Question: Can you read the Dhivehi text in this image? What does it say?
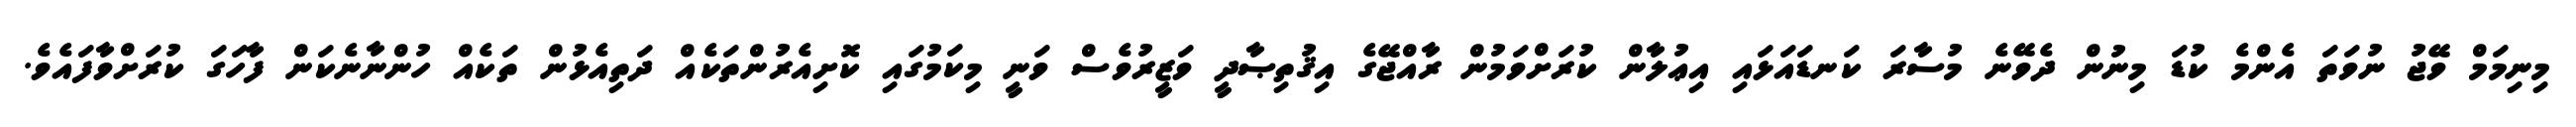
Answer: މިނިމަމް ވޭޖު ނުވަތަ އެންމެ ކުޑަ މިނުން ދެވޭނެ މުސާރަ ކަނޑައަޅައި އިޢުލާން ކުރަށްވަމުން ރާއްޖޭގެ އިޤުތިޞާދީ ވަޒީރުވެސް ވަނީ މިކަމުގައި ކޮށިއެރުންތަކެއް ދަތިއެޅުން ތަކެއް ހުންނާނެކަން ފާހަގަ ކުރަށްވާފައެވެ.